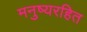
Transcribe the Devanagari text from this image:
मनुष्यरहित